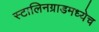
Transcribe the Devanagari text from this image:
स्टालिनग्राडमध्येच